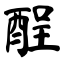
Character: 酲